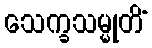
သေက္ခသမ္မုတိံ